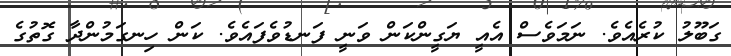
ގަބޫލު ކުރެއެވެ. ނަމަވެސް އެއީ ޔަގީންކަން ވަނީ ފަނޑުވެފައެވެ. ކަން ހިނގަމުންދާ ގޮތުގެ